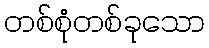
တစ်စုံတစ်ခုသော